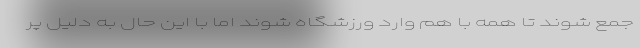
جمع شوند تا همه با هم وارد ورزشگاه شوند اما با این حال به دلیل پر